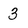
Character: 3